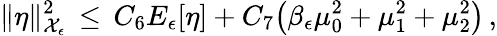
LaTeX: \| \eta\| _{\mathcal{X}_{\epsilon}}^{2}\, \le\, C_{6}E_{\epsilon}[\eta]+C_{7}\bigl(\beta_{\epsilon}\mu_{0}^{2}+\mu_{1}^{2}+\mu_{2}^{2}\bigr)\, ,